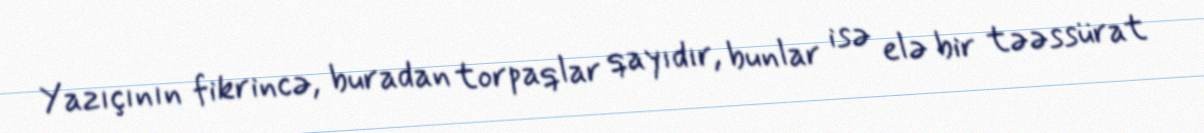
Yazıçının fikrincə, buradan torpaqlar qayıdır, bunlar isə elə bir təəssürat